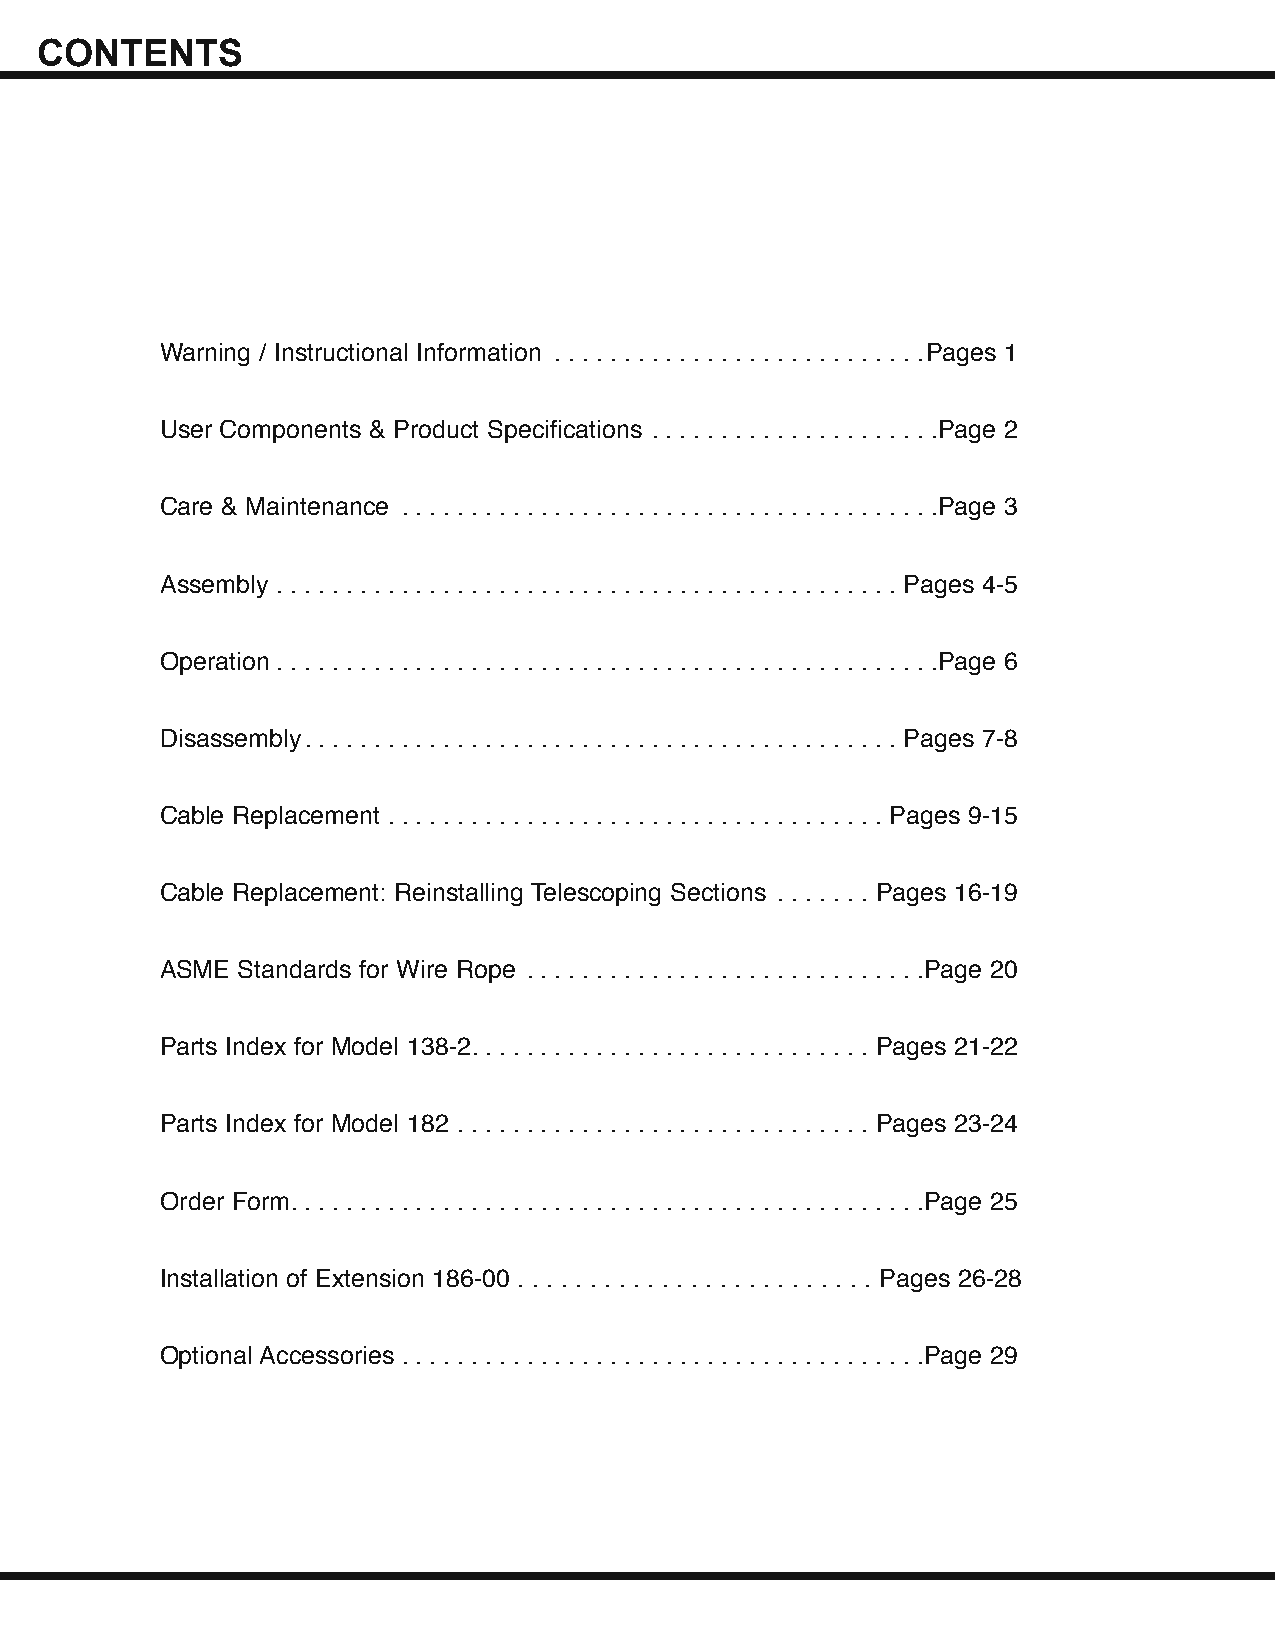
CONTENTS
 Warning / Instructional Information . . . . . . . . . . . . . . . . . . . . . . . . . . .Pages 1
 User Components & Product Specifications . . . . . . . . . . . . . . . . . . . . .Page 2
 Care & Maintenance . . . . . . . . . . . . . . . . . . . . . . . . . . . . . . . . . . . . . . .Page 3
 Assembly . . . . . . . . . . . . . . . . . . . . . . . . . . . . . . . . . . . . . . . . . . . . . Pages 4-5
 Operation . . . . . . . . . . . . . . . . . . . . . . . . . . . . . . . . . . . . . . . . . . . . . . . .Page 6
 Disassembly. . . . . . . . . . . . . . . . . . . . . . . . . . . . . . . . . . . . . . . . . . . Pages 7-8
 Cable Replacement . . . . . . . . . . . . . . . . . . . . . . . . . . . . . . . . . . . . Pages 9-15
 Cable Replacement: Reinstalling Telescoping Sections . . . . . . . Pages 16-19
 ASME Standards for Wire Rope . . . . . . . . . . . . . . . . . . . . . . . . . . . . .Page 20
 Parts Index for Model 138-2. . . . . . . . . . . . . . . . . . . . . . . . . . . . . Pages 21-22
 Parts Index for Model 182 . . . . . . . . . . . . . . . . . . . . . . . . . . . . . . Pages 23-24
 Order Form. . . . . . . . . . . . . . . . . . . . . . . . . . . . . . . . . . . . . . . . . . . . . .Page 25
 Installation of Extension 186-00 . . . . . . . . . . . . . . . . . . . . . . . . . Pages 26-28
 Optional Accessories . . . . . . . . . . . . . . . . . . . . . . . . . . . . . . . . . . . . . .Page 29